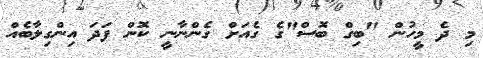
މި ދެ މީހުން "ބިގް ބޮސް"ގެ ގެއަށް ގެންނާނީ ކޮން ފަދަ އިންގިލާބެއް